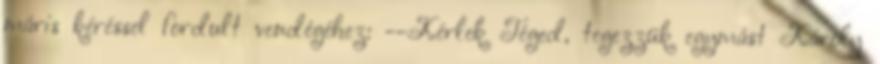
máris kéréssel fordult vendégéhez: --Kérlek Téged, tegezzük egymást Károly